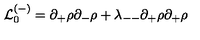
{ \cal L } _ { 0 } ^ { ( - ) } = \partial _ { + } \rho \partial _ { - } \rho + \lambda _ { -- } \partial _ { + } \rho \partial _ { + } \rho